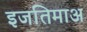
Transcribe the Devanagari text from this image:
इजतिमाअ